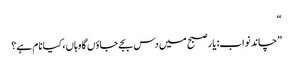
“
”چاند نواب: یار صبح میں دس بجے جاؤں گا وہاں، کیا نام ہے؟